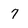
Character: 7